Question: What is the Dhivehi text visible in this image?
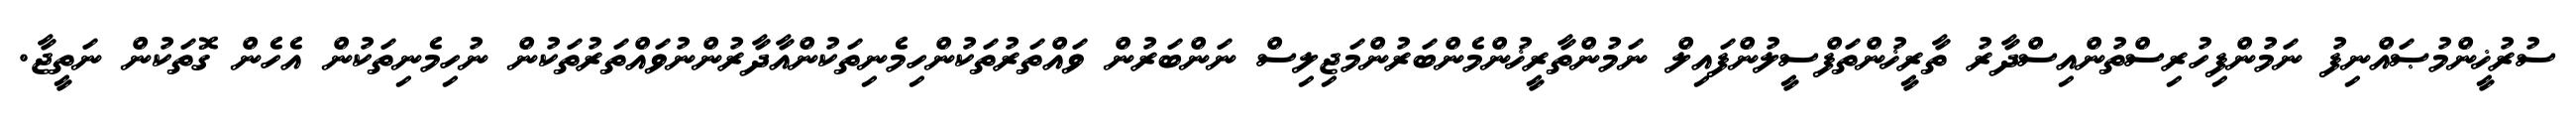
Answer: ސުރުޚީންމުޞައްނިފު ނަމުންފިހުރިސްތުންއިސްދާރު ތާރީޚުންތަފްސީލުންފައިލް ނަމުންތާރީޚުންމެންބަރުންމަޖިލިސް ނަންބަރުން ވައްތަރުތަކުންހިމެނިތަކުންއާދާރުންނުވައްތަރުތަކުން ނުހިމެނިތަކުން އެހެން ގޮތަކުން ނަތީޖާ.